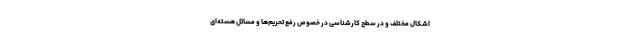
اشکال مختلف و در سطح کارشناسی در خصوص رفع تحریم‌ها و مسائل هسته‌ای